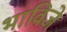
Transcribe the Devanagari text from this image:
भाविजे